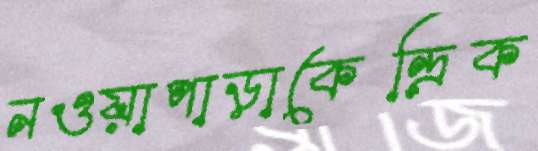
নওয়াপাড়াকেন্দ্রিক